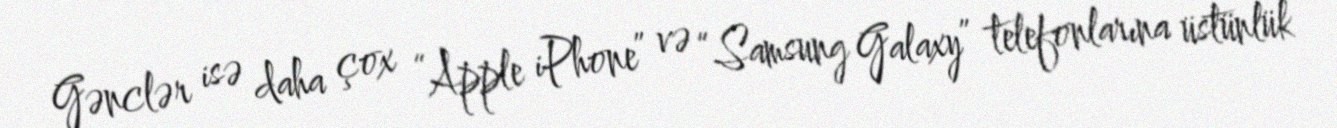
Gənclər isə daha çox “Apple iPhone” və “Samsung Galaxy” telefonlarına üstünlük